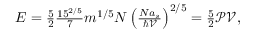
\begin{array} { r } { E = \frac { 5 } { 2 } \frac { 1 5 ^ { 2 / 5 } } { 7 } m ^ { 1 / 5 } N \left( \frac { N a _ { s } } { \hbar \mathcal { V } } \right) ^ { 2 / 5 } = \frac { 5 } { 2 } \mathcal { P V } , } \end{array}